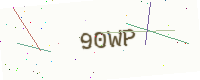
Text: 90WP